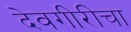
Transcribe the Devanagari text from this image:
देवगीरीचा